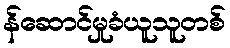
န်ဆောင်မှုခံယူသူတစ်